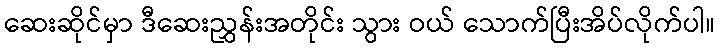
ဆေးဆိုင်မှာ ဒီဆေးညွှန်းအတိုင်း သွား ဝယ် သောက်ပြီးအိပ်လိုက်ပါ။